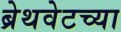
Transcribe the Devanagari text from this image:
ब्रेथवेटच्या